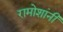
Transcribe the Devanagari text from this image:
रामोशांनी